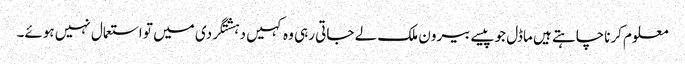
معلوم کرناچاہتے ہیں ماڈل جوپیسے بیرون ملک لے جاتی رہی وہ کہیں دہشتگردی میں تو استعمال نہیں ہوئے۔